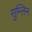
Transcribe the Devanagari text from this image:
सुम्लिन